Leaving Certificate Examination (including Day School Certificate (Higher) General paper), 1929
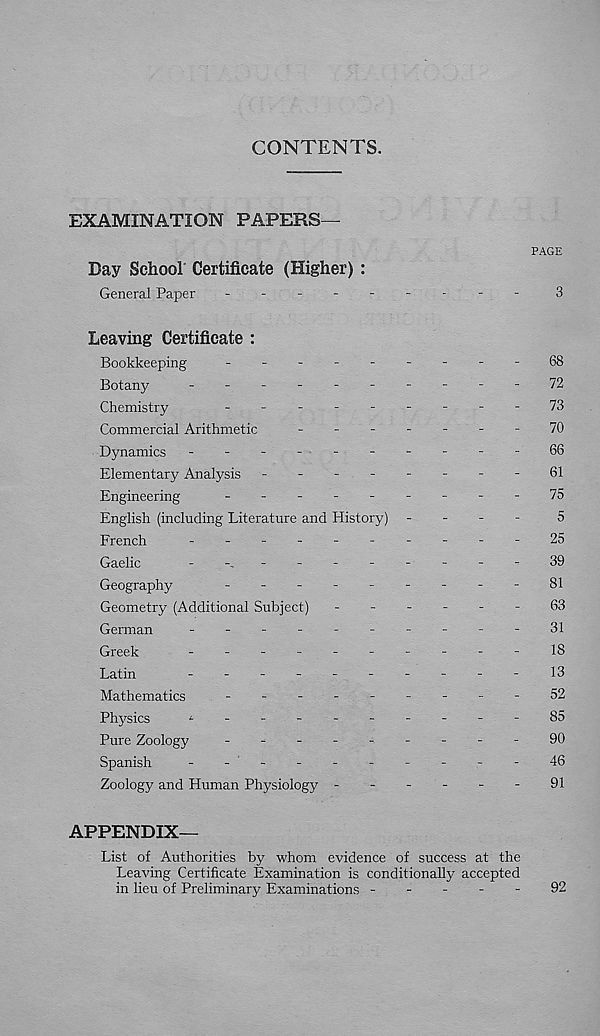
CONTENTS.
EXAMINATION PAPERS—
PAGE
Day School Certificate (Higher) :
General Paper
-
--
--
--
--
3
Leaving Certificate :
Bookkeeping
---------
68
Botany
-
--
--
--
--
-72
Chemistry
---------
73
Commercial Arithmetic
-
.-
--
--70
Dynamics -
--
--
--
--
-66
Elementary Analysis -
--
--
--
-61
Engineering
---------
75
English (including Literature and History) -
-
-
-
5
French
-
--
--
--
--
-25
Gaelic
-
-
-
--
--
--
-
39
Geography
-
--
--
--
--
81
Geometry (Additional Subject) ------
63
German
-
--
--
--
--
-
31
Greek
-
--
--
--
--
-
18
Latin
-
--
--
--
--
-
13
Mathematics
-
--
--
--
--52
Physics
4-_------
-
85
Pure Zoology
-
--
--
--
--
90
Spanish
-
- ' -
-
-
-
-
-
-
-
46
Zoology and Human Physiology -
-
-
-
-
-
91
APPENDIX—
List of Authorities by whom evidence of success at the
Leaving Certificate Examination is conditionally accepted
in lieu of Preliminary Examinations -----
92